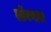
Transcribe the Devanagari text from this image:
लोंबणारा